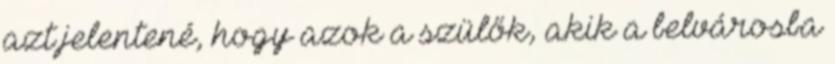
azt jelentené, hogy azok a szülők, akik a belvárosba